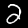
Label: 2